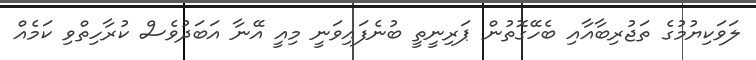
ލަވަކިޔުމުގެ ތަޖުރިބާއާއި ބެހޭގޮތުން ޕަރިނީތީ ބުނެފައިވަނީ މިއީ އޭނާ އަބަދުވެސް ކުރާހިތްވި ކަމެއް